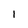
Character: 1